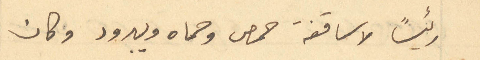
رئيسًا لاساقفة حمص وحماه ويبرود وكان